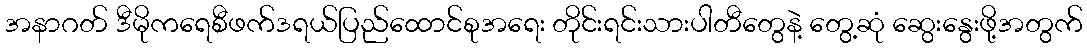
အနာဂတ် ဒီမိုကရေစီဖက်ဒရယ်ပြည်ထောင်စုအရေး တိုင်းရင်းသားပါတီတွေနဲ့ တွေ့ဆုံ ဆွေးနွေးဖို့အတွက်